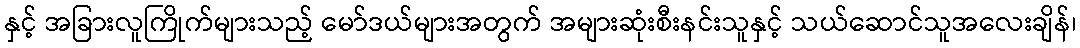
နှင့် အခြားလူကြိုက်များသည့် မော်ဒယ်များအတွက် အများဆုံးစီးနင်းသူနှင့် သယ်ဆောင်သူအလေးချိန်၊